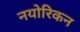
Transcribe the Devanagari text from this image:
नयोरिकन